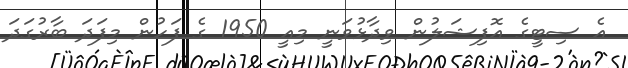
އެ ސިޓީގެ އޮފިޝަލުން ވިދާޅުވަނީ މިއީ 1950 ގެ ފަހުން މިފަދަ ބާރުގަދަ